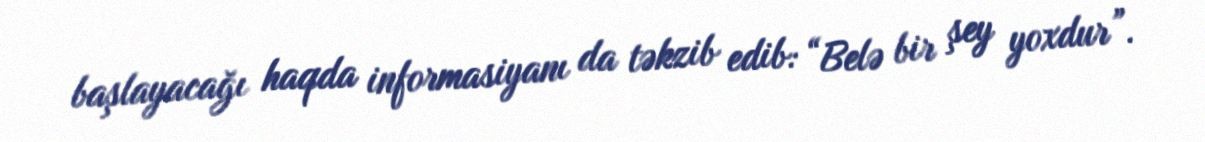
başlayacağı haqda informasiyanı da təkzib edib: “Belə bir şey yoxdur”.